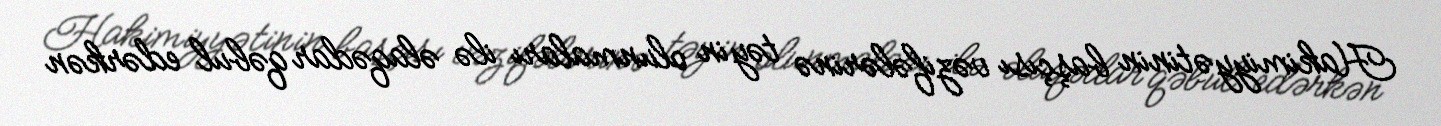
Hakimiyyətinin başçısı vəzifələrinə təyin olunmaları ilə əlaqədar qəbul edərkən